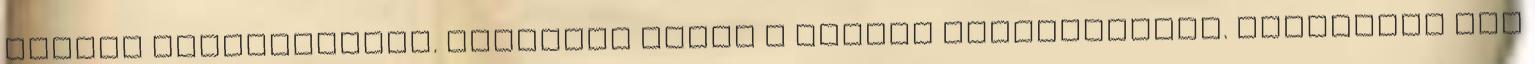
lyukas kuglófformát. Keverjük össze a száraz hozzávalókat. Olvasszuk meg